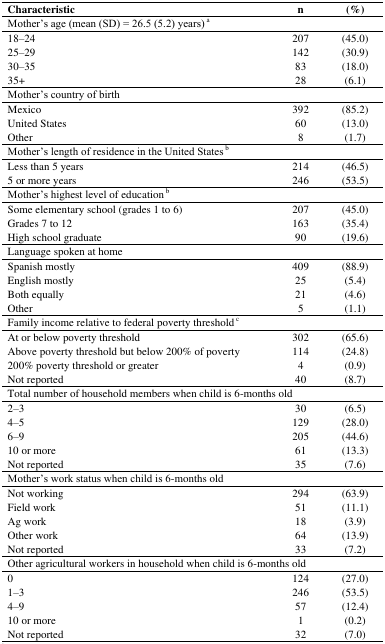
<table><thead><tr><td><b>Characteristic</b></td><td><b>n</b></td><td><b>(%)</b></td></tr></thead><tbody><tr><td>Mother’s age (mean (SD) = 26.5 (5.2) years) <sup>a</sup></td><td></td><td></td></tr><tr><td>18–24</td><td>207</td><td>(45.0)</td></tr><tr><td>25–29</td><td>142</td><td>(30.9)</td></tr><tr><td>30–35</td><td>83</td><td>(18.0)</td></tr><tr><td>35+</td><td>28</td><td>(6.1)</td></tr><tr><td>Mother’s country of birth</td><td></td><td></td></tr><tr><td>Mexico</td><td>392</td><td>(85.2)</td></tr><tr><td>United States</td><td>60</td><td>(13.0)</td></tr><tr><td>Other</td><td>8</td><td>(1.7)</td></tr><tr><td>Mother’s length of residence in the United States <sup>b</sup></td><td></td><td></td></tr><tr><td>Less than 5 years</td><td>214</td><td>(46.5)</td></tr><tr><td>5 or more years</td><td>246</td><td>(53.5)</td></tr><tr><td>Mother’s highest level of education <sup>b</sup></td><td></td><td></td></tr><tr><td>Some elementary school (grades 1 to 6)</td><td>207</td><td>(45.0)</td></tr><tr><td>Grades 7 to 12</td><td>163</td><td>(35.4)</td></tr><tr><td>High school graduate</td><td>90</td><td>(19.6)</td></tr><tr><td>Language spoken at home</td><td></td><td></td></tr><tr><td>Spanish mostly</td><td>409</td><td>(88.9)</td></tr><tr><td>English mostly</td><td>25</td><td>(5.4)</td></tr><tr><td>Both equally</td><td>21</td><td>(4.6)</td></tr><tr><td>Other</td><td>5</td><td>(1.1)</td></tr><tr><td>Family income relative to federal poverty threshold <sup>c</sup></td><td></td><td></td></tr><tr><td>At or below poverty threshold</td><td>302</td><td>(65.6)</td></tr><tr><td>Above poverty threshold but below 200% of poverty</td><td>114</td><td>(24.8)</td></tr><tr><td>200% poverty threshold or greater</td><td>4</td><td>(0.9)</td></tr><tr><td>Not reported</td><td>40</td><td>(8.7)</td></tr><tr><td>Total number of household members when child is 6-months old</td><td></td><td></td></tr><tr><td>2–3</td><td>30</td><td>(6.5)</td></tr><tr><td>4–5</td><td>129</td><td>(28.0)</td></tr><tr><td>6–9</td><td>205</td><td>(44.6)</td></tr><tr><td>10 or more</td><td>61</td><td>(13.3)</td></tr><tr><td>Not reported</td><td>35</td><td>(7.6)</td></tr><tr><td>Mother’s work status when child is 6-months old</td><td></td><td></td></tr><tr><td>Not working</td><td>294</td><td>(63.9)</td></tr><tr><td>Field work</td><td>51</td><td>(11.1)</td></tr><tr><td>Ag work</td><td>18</td><td>(3.9)</td></tr><tr><td>Other work</td><td>64</td><td>(13.9)</td></tr><tr><td>Not reported</td><td>33</td><td>(7.2)</td></tr><tr><td>Other agricultural workers in household when child is 6-months old</td><td></td><td></td></tr><tr><td>0</td><td>124</td><td>(27.0)</td></tr><tr><td>1–3</td><td>246</td><td>(53.5)</td></tr><tr><td>4–9</td><td>57</td><td>(12.4)</td></tr><tr><td>10 or more</td><td>1</td><td>(0.2)</td></tr><tr><td>Not reported</td><td>32</td><td>(7.0)</td></tr></tbody></table>